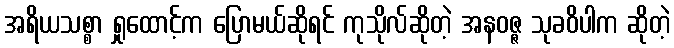
အရိယသစ္စာ ရှုထောင့်က ပြောမယ်ဆိုရင် ကုသိုလ်ဆိုတဲ့ အနဝဇ္ဇ သုခဝိပါက ဆိုတဲ့